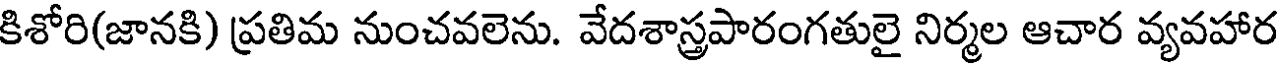
కిశోరి(జానకి) ప్రతిమ నుంచవలెను. వేదశాస్త్రపారంగతులై నిర్మల ఆచార వ్యవహార